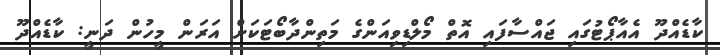
ކާޑެއްދޫ އެއާޕޯޓުގައި ޖައްސާފައި އޮތް މޯލްޑިވިއަންގެ މަތިންދާބޯޓަކަށް އަރަން މީހުން ދަނީ: ކާޑެއްދޫ